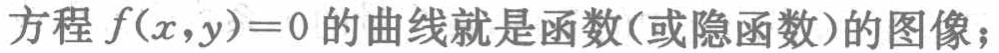
方程\(f(x,y)=0\)的曲线就是函数(或隐函数)的图像；